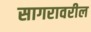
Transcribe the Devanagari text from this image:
सागरावरील